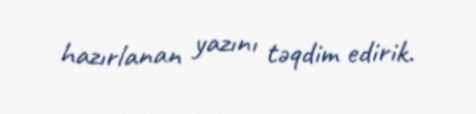
hazırlanan yazını təqdim edirik.